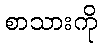
စာသားကို